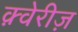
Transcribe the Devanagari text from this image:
क़्वेरीज़